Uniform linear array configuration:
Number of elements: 12
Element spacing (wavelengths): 0.25
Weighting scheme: kaiser
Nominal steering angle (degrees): -15
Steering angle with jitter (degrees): -13.461
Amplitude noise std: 0.05
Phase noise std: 0.05

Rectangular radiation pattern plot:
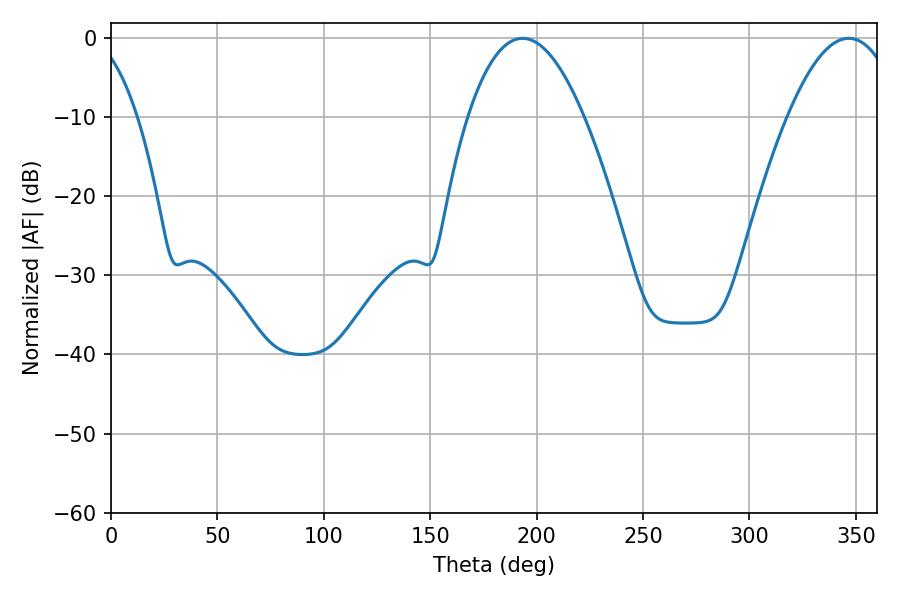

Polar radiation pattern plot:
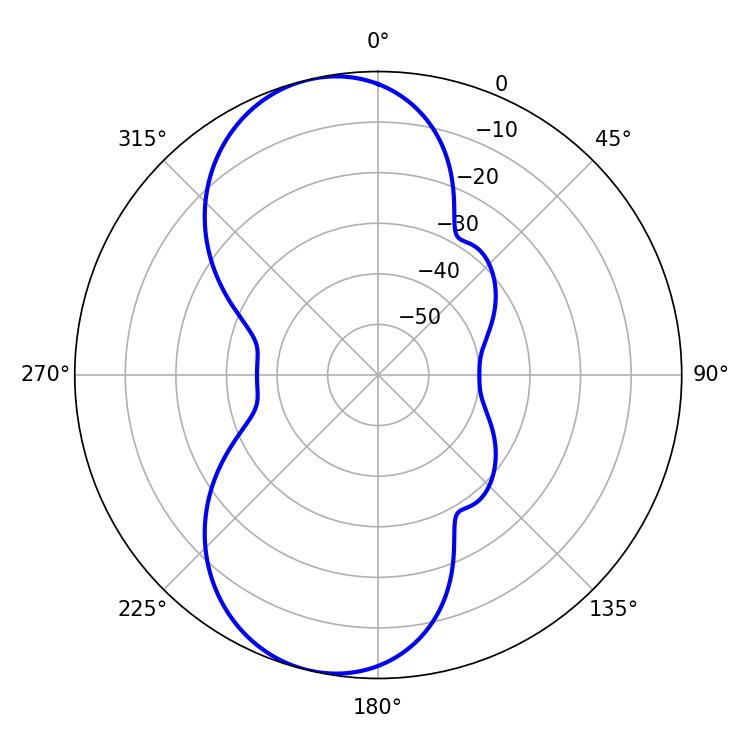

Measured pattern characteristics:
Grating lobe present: FALSE
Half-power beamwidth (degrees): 30.06
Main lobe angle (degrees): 193.32